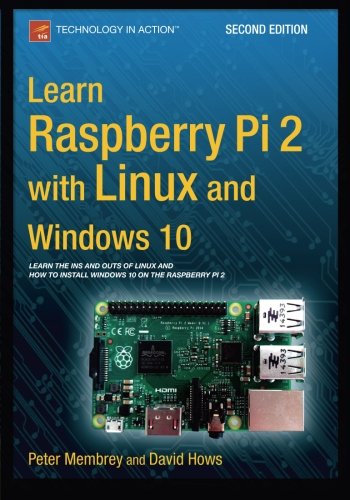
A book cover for Learn Raspberry Pi 2 with Linux and Windows 10; Peter Membrey; Computers & Technology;